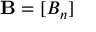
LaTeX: \mathbf { B } = [ B _ { n } ]